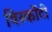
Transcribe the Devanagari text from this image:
विस्कोंटी